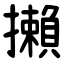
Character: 攋